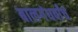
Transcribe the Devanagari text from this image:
बालगंधर्वांचं